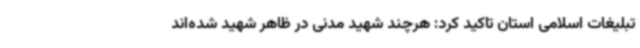
تبلیغات اسلامی استان تاکید کرد: هرچند شهید مدنی در ظاهر شهید شده‌اند